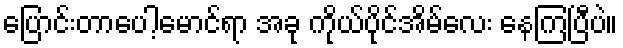
ပြောင်းတာပေါ့မောင်ရာ အခု ကိုယ်ပိုင်အိမ်လေး နေကြပြီပဲ။